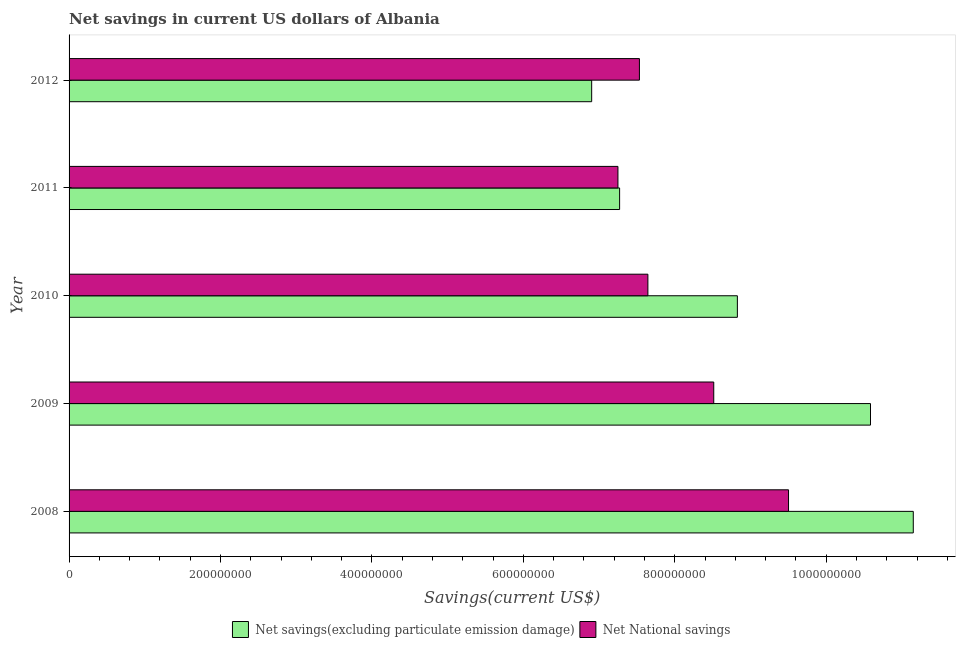
| Year | Net savings(excluding particulate emission damage) | Net National savings |
 | --- | --- | --- |
 | 2008 | 1.12e+09 | 9.5e+08 |
 | 2009 | 1.06e+09 | 8.51e+08 |
 | 2010 | 8.83e+08 | 7.64e+08 |
 | 2011 | 7.27e+08 | 7.25e+08 |
 | 2012 | 6.9e+08 | 7.53e+08 |